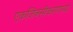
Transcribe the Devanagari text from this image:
एकजिनसीकरणाच्या